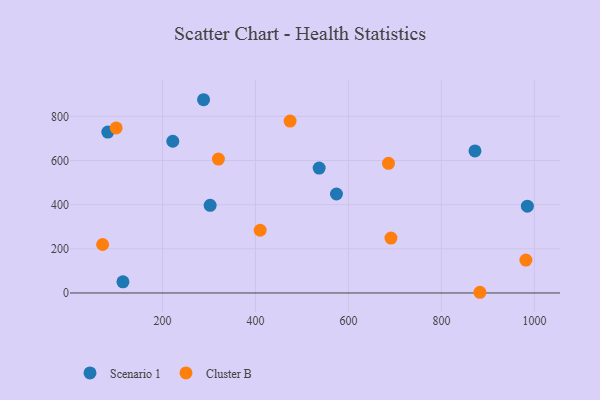
{"axis": {"x": "Price", "y": "Profit"}, "legend": ["Cluster B", "Scenario 1"], "data": [{"x": "288.4", "y": 875.4, "type": "Scenario 1"}, {"x": "537.0", "y": 566.0, "type": "Scenario 1"}, {"x": "302.5", "y": 397.0, "type": "Scenario 1"}, {"x": "222.2", "y": 687.3, "type": "Scenario 1"}, {"x": "115.0", "y": 50.4, "type": "Scenario 1"}, {"x": "872.1", "y": 643.4, "type": "Scenario 1"}, {"x": "984.8", "y": 393.0, "type": "Scenario 1"}, {"x": "574.2", "y": 448.4, "type": "Scenario 1"}, {"x": "82.5", "y": 729.0, "type": "Scenario 1"}, {"x": "100.4", "y": 747.7, "type": "Cluster B"}, {"x": "686.1", "y": 587.1, "type": "Cluster B"}, {"x": "410.1", "y": 284.1, "type": "Cluster B"}, {"x": "691.4", "y": 248.6, "type": "Cluster B"}, {"x": "320.3", "y": 606.5, "type": "Cluster B"}, {"x": "474.5", "y": 778.8, "type": "Cluster B"}, {"x": "981.6", "y": 149.2, "type": "Cluster B"}, {"x": "882.7", "y": 3.2, "type": "Cluster B"}, {"x": "71.3", "y": 219.6, "type": "Cluster B"}]}